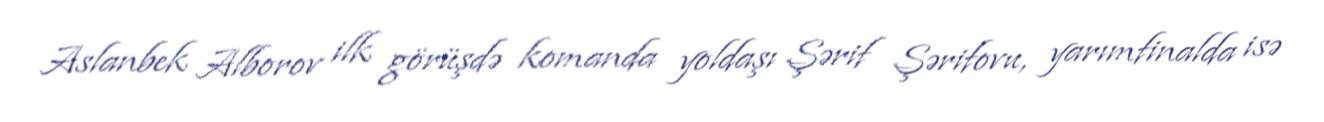
Aslanbek Alborov ilk görüşdə komanda yoldaşı Şərif Şərifovu, yarımfinalda isə